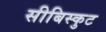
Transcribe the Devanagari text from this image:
सीबिस्कुट